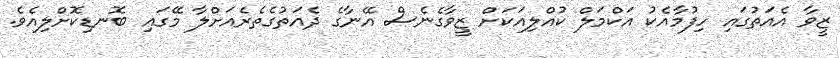
ޒީވާ އެއަތުގައި ހިފުމާއެކު އަކްމަލް ކުއްލިއަކަށް ޒީވާގެނެސް އޭނާގެ ދެއަތުގެތެރެއަށްލާ މޭގައި ބޮނޑިކޮށްލިއެވެ.